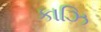
કાઝિ